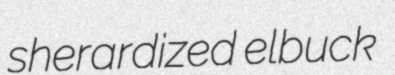
sherardized elbuck